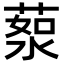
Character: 𦷸